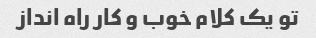
تو یک کلام خوب و کار راه انداز